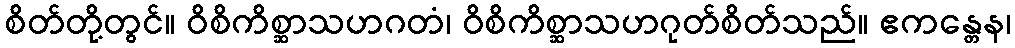
စိတ်တို့တွင်။ ဝိစိကိစ္ဆာသဟဂတံ၊ ဝိစိကိစ္ဆာသဟဂုတ်စိတ်သည်။ ဧကန္တေန၊